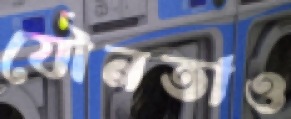
যৌনতাও